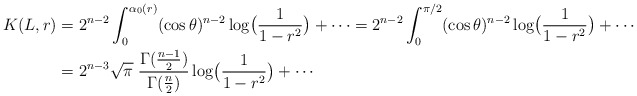
\begin{align*} K(L,r)&= 2^{n-2} \int_0^{\alpha_0(r)} (\cos\theta)^{n-2}\log\bigl(\dfrac{1}{1-r^2}\bigr)+\cdots = 2^{n-2} \int_0^{\pi/2} (\cos\theta)^{n-2}\log\bigl(\dfrac{1}{1-r^2}\bigr)+\cdots \\ &=2^{n-3}\sqrt{\pi}\; \frac{\Gamma(\frac{n-1}2)}{\Gamma(\frac n2)} \log\bigl(\dfrac{1}{1-r^2}\bigr)+\cdots \end{align*}